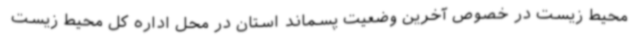
محیط زیست در خصوص آخرین وضعیت پسماند استان در محل اداره کل محیط زیست